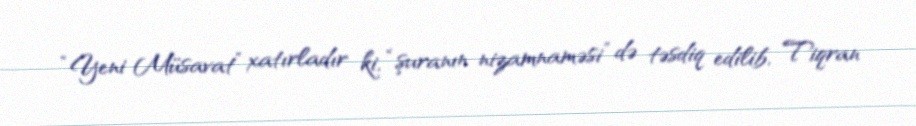
“Yeni Müsavat” xatırladır ki, “şuranın nizamnaməsi” də təsdiq edilib, Tiqran